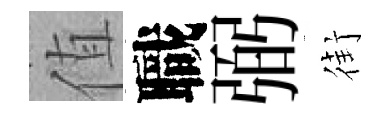
值職弼街